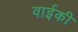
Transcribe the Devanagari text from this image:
वाईकी